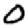
Digit: 0